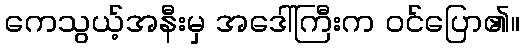
ကေသွယ့်အနီးမှ အဒေါ်ကြီးက ဝင်ပြော၏။